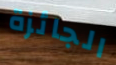
الجائزة